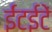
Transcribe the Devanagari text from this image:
ईंटईटें